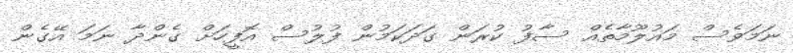
ނަމަވެސް މައުލޫމާތެއް ސާފު ކުރަން ގަދަކަމުން ފުލުސް އޮފީހަށް ގެންދާ ނަމަ އޭގެން